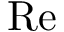
\mathrm { R e }